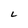
Character: L